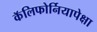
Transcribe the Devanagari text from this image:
कॅलिफोर्नियापेक्षा